Annual report of the Civil Veterinary Department, Bengal, for the year 1897-98 - 1897-1898
Year: 1897
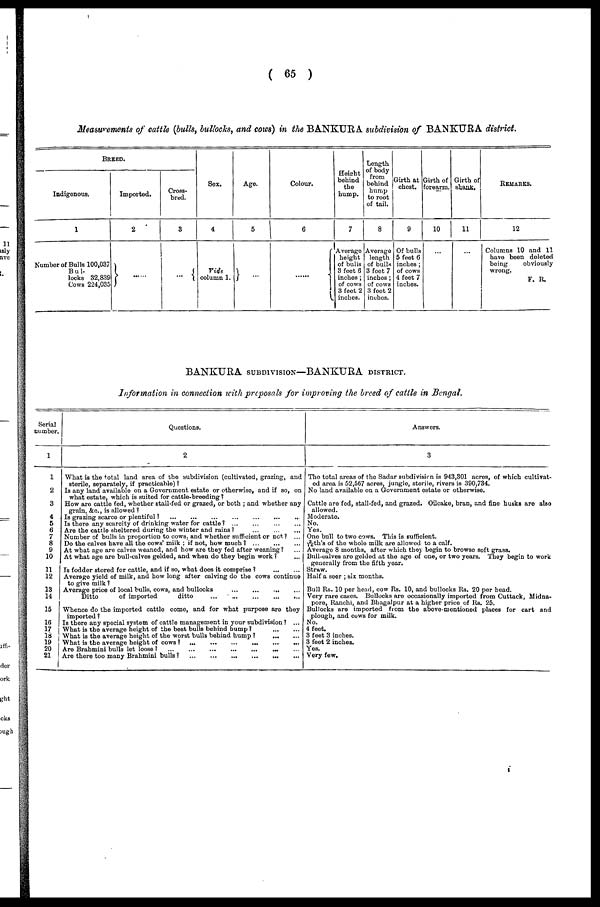
( 65 )
Measurements of cattle (butts, bullocks, and cows) in the BANKURA subdivision of BANKURA district.
BREED.
Indigenous.
1
Number of Bulls 100,037
Bul-
locks 32,839
Cows 224,035
Imported.
2
.....
Cross-
bred.
3
...
Sex.
4
Vide
column 1.
Age.
5
...
Colour.
6
.....
Height
behind
the
hump.
7
Average
height
of bulls
3 feet 6
inches;
of cows
3 feet 2
inches.
Length
of body
from
behind
hump
to root
of tail.
8
Average
length
of bulls
3 feet 7
inches ;
of cows
3 feet 2
inches.
Girth at
chest.
9
Of bulls
5 feet 6
inches;
of cows
4 feet 7
inches.
Girth of
forearm.
10
...
Girth of
shank.
11
...
REMARKS.
12
Columns 10 and 11
have been deleted
being
obviously
wrong.
F. R.
BANKURA SUBDIVISION—BANKURA DISTRICT.
Information in connection with proposals for improving the breed of cattle in Bengal.
Serial
number.
1
1
2
3
4
5
6
7
8
9
10
11
12
13
14
15
16
17
18
19
20
21
Questions.
2
What is the total land area of the subdivision (cultivated, grazing, and
sterile, separately, if practicable) ?
Is any land available on a Government estate or otherwise, and if so, on
what estate, which is suited for cattle-breeding?
How are cattle fed, whether stall-fed or grazed, or both ; and whether any
grain, &c., is allowed ?
Is grazing scarce or plentiful ? ... ... ... ... ... ... ...
Is there any scarcity of drinking water for cattle ?
...
...
...
...
Are the cattle sheltered during the winter and rains ?
...
...
...
Number of bulls in proportion to cows, and whether sufficient or not ? ...
Do the calves have all the cows' milk ; if not, how much ?
...
...
...
At what age are calves weaned, and how are they fed after weaning?
At what age are bull-calves gelded, and when do they begin work ? ...
Is fodder stored for cattle, and if so, what does it comprise ?
...
...
Average yield of milk, and how long after calving do the cows continue
to give milk ?
Average price of local bulls, cows, and bullocks
Ditto
of imported
ditto
...
...
...
...
...
Whence do the imported cattle come, and for what purpose are they
imported ?
Is there any special system of cattle management in your subdivision ? ...
What is the average height of the best bulls behind bump ?
...
...
What is the average height of the worst bulls behind bump ?
...
...
What is the average height of cows ?
...
...
...
...
...
...
Are Brabmini bulls let loose ?
...
...
...
...
...
...
...
Are there too many Brabmini bulls ?
...
...
...
...
...
...
...
Answers.
3
The total areas of the Sadar subdivision is 943,301 acres, of which cultivat-
ed area is 52,567 acres, jungle, sterile, rivers is 390,734.
No land available on a Government estate or otherwise.
Cattle are fed, stall-fed, and grazed. Oilcake, bran, and fine husks are also
allowed.
Moderate.
No.
Yes.
One bull to two cows. This is sufficient.
3/16-th's of the whole milk are allowed to a calf.
Average 8 months, after which they begin to browse soft grass.
Bull-calves are gelded at the age of one, or two years. They begin to work
generally from the fifth year.
Straw.
Half a seer ; six months.
Bull Rs. 10 per head, cow Rs. 10, and bullocks Rs. 20 per bead.
Very rare cases. Bullocks are occasionally imported from Cuttack, Midna-
pore, Ranchi, and Bhagalpur at a higher price of Rs. 25.
Bullocks are imported from the above-mentioned places for cart and
plough, and cows for milk.
No.
4 feet.
3 feet 3 inches.
3 feet 2 inches.
Yes.
Very few.